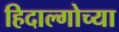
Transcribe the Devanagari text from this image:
हिदाल्गोच्या